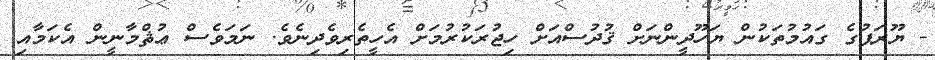
- ޔޫރަޕުގެ ގައުމުތަކުން ޔަހޫދީންނަށް ޤުދުސްއަށް ހިޖުރަކުރުމަށް އެހީތެރިވެދިނެވެ. ނަމަވެސް ޢުޘްމާނީން އެކަމާއި